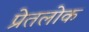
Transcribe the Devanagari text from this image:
प्रेतलोक